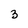
Character: 3